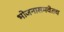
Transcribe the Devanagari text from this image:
भोजनासमवेतच